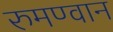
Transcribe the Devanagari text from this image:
रुमण्वान